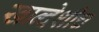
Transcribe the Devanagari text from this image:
खान्देशीच